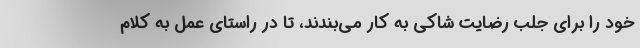
خود را برای جلب رضایت شاکی به کار می‌بندند، تا در راستای عمل به کلام